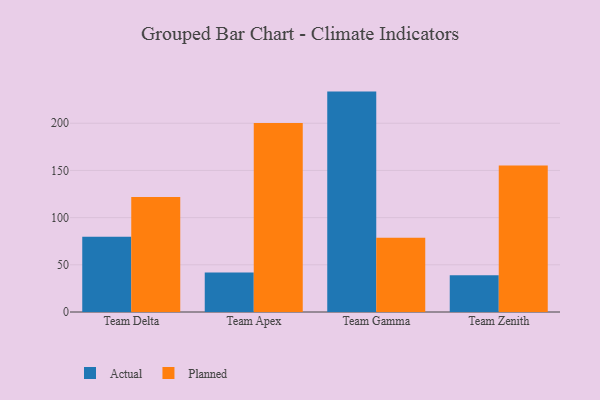
{"axis": {"x": "Team", "y": "Bounce Rate (%)"}, "legend": ["Actual", "Planned"], "data": [{"x": "Team Delta", "y": 79.7, "type": "Actual"}, {"x": "Team Delta", "y": 121.8, "type": "Planned"}, {"x": "Team Apex", "y": 41.8, "type": "Actual"}, {"x": "Team Apex", "y": 200.2, "type": "Planned"}, {"x": "Team Gamma", "y": 233.5, "type": "Actual"}, {"x": "Team Gamma", "y": 78.7, "type": "Planned"}, {"x": "Team Zenith", "y": 38.9, "type": "Actual"}, {"x": "Team Zenith", "y": 155.1, "type": "Planned"}]}